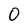
Character: 0